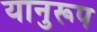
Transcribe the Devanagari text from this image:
यानुरूप